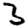
Digit: 3